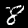
Label: 8